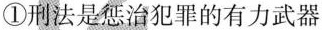
①刑法是惩治犯罪的有力武器